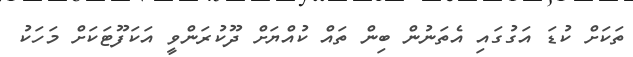
ތަކަށް ކުޑަ އަގުގައި އެތަނުން ބިން ތައް ކުއްޔަށް ދޫކުރަންވީ އަކަފޫޓަކަށް މަހަކު